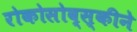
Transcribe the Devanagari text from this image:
रोकोसोव्स्कीने